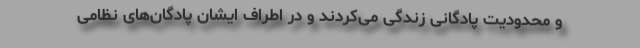
و محدودیت پادگانی زندگی می‌کردند و در اطراف ایشان پادگان‌های نظامی